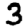
Digit: 3